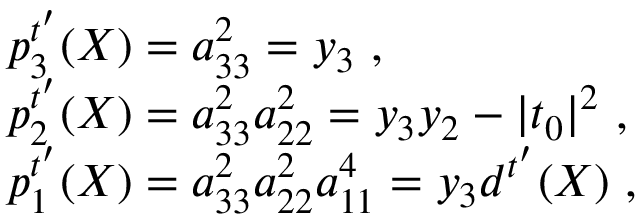
\begin{array} { r l } & { p _ { 3 } ^ { t ^ { \prime } } ( X ) = a _ { 3 3 } ^ { 2 } = y _ { 3 } \ , } \\ & { p _ { 2 } ^ { t ^ { \prime } } ( X ) = a _ { 3 3 } ^ { 2 } a _ { 2 2 } ^ { 2 } = y _ { 3 } y _ { 2 } - | t _ { 0 } | ^ { 2 } \ , } \\ & { p _ { 1 } ^ { t ^ { \prime } } ( X ) = a _ { 3 3 } ^ { 2 } a _ { 2 2 } ^ { 2 } a _ { 1 1 } ^ { 4 } = y _ { 3 } d ^ { t ^ { \prime } } ( X ) \ , } \end{array}